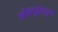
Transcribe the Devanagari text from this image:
ओलुडोटुन